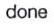
done